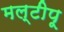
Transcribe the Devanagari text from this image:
मल्टीपू